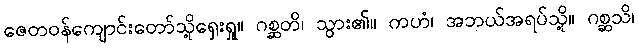
ဇေတဝန်ကျောင်းတော်သို့ရှေးရှု။ ဂစ္ဆတိ၊ သွား၏။ ကဟံ၊ အဘယ်အရပ်သို့။ ဂစ္ဆသိ၊